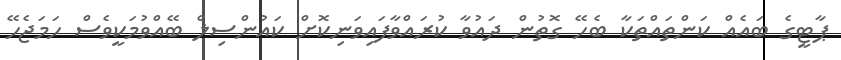
ޕާޓީގެ ބައެއް ކަންތައްތަކާ ބެހޭ ގޮތުން ދައުވާ ކުރައްވާފައިވަނިކޮށް ކައުންސިލް ބޭއްވުމަކީވެސް ހަމަޖެހޭ